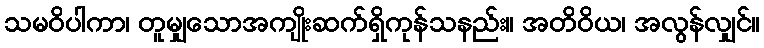
သမဝိပါကာ၊ တူမျှသောအကျိုးဆက်ရှိကုန်သနည်း။ အတိဝိယ၊ အလွန်လျှင်။